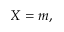
X = m ,